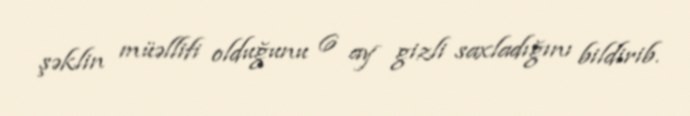
şəklin müəllifi olduğunu 6 ay gizli saxladığını bildirib.